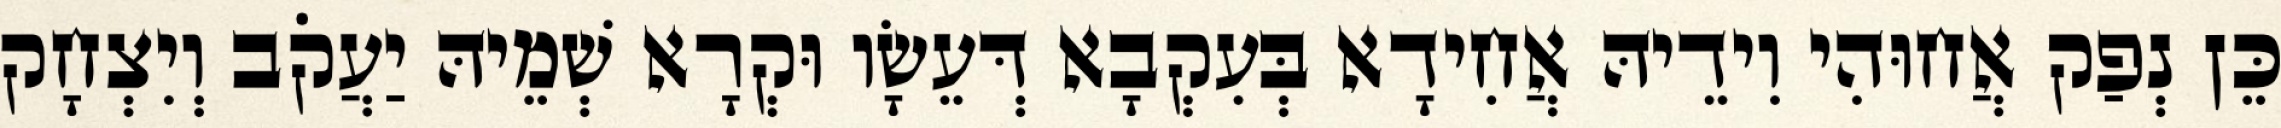
כֵּן נְפַק אֲחוּהִי וִידֵיהּ אֲחִידָא בְּעִקְבָא דְּעֵשָׂו וּקְרָא שְׁמֵיהּ יַעֲקֹב וְיִצְחָק